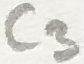
Text: C3